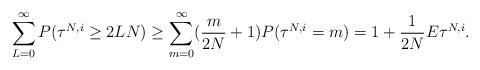
LaTeX: \begin{align*}\sum_{L=0}^\infty P(\tau^{N,i}\ge 2LN)\ge\sum_{m=0}^\infty(\frac m{2N}+1)P(\tau^{N,i}=m)=1+\frac1{2N}E\tau^{N,i}.\end{align*}